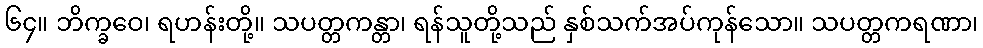
၆၄။ ဘိက္ခဝေ၊ ရဟန်းတို့။ သပတ္တကန္တာ၊ ရန်သူတို့သည် နှစ်သက်အပ်ကုန်သော။ သပတ္တကရဏာ၊